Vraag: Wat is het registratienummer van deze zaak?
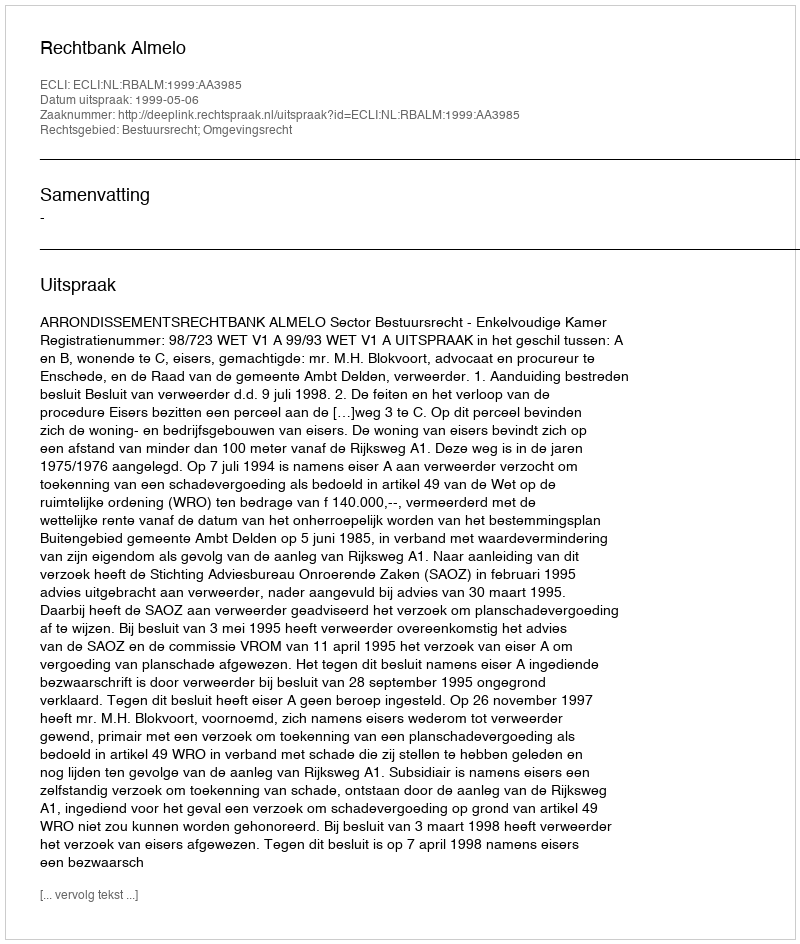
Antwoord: http://deeplink.rechtspraak.nl/uitspraak?id=ECLI:NL:RBALM:1999:AA3985